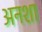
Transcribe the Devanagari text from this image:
अनशा